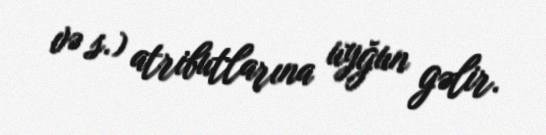
və s.) atributlarına uyğun gəlir.